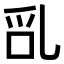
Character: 𠃭